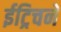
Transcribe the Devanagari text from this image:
ईट्रिचने